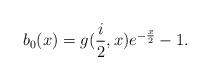
LaTeX: \begin{align*}b_{0}(x)=g(\frac{i}{2},x)e^{-\frac{x}{2}}-1. \end{align*}